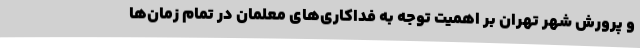
و پرورش شهر تهران بر اهمیت توجه به فداکاری‌های معلمان در تمام زمان‌ها